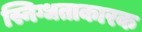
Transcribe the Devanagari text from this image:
स्निग्धताकारक